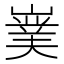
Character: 𭗘